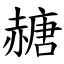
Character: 赯